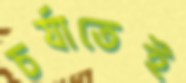
চর্যাতেই